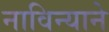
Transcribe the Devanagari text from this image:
नाविन्याने